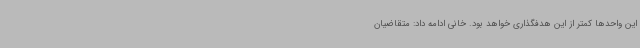
این واحدها کمتر از این هدفگذاری خواهد بود. خانی ادامه داد: متقاضیان